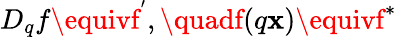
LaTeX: D_{q}f\equivf^{^{\prime}},\quadf(q\mathbf{x})\equivf^{\ast}